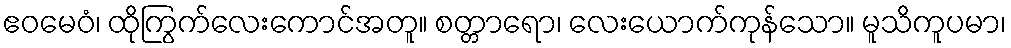
ဧဝမေဝံ၊ ထိုကြွက်လေးကောင်အတူ။ စတ္တာရော၊ လေးယောက်ကုန်သော။ မူသိကူပမာ၊